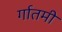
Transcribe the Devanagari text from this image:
र्गातमी